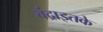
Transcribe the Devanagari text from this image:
चंद्राइतके